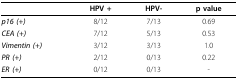
|  | HPV + | HPV- | p value |
 | --- | --- | --- | --- |
 | p16 (+) | 8/12 | 7/13 | 0.69 |
 | CEA (+) | 7/12 | 5/13 | 0.53 |
 | Vimentin (+) | 3/12 | 3/13 | 1.0 |
 | PR (+) | 2/12 | 0/13 | 0.22 |
 | ER (+) | 0/12 | 0/13 | - |